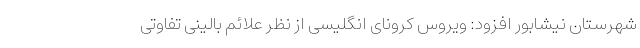
شهرستان نیشابور افزود: ویروس کرونای انگلیسی از نظر علائم بالینی تفاوتی